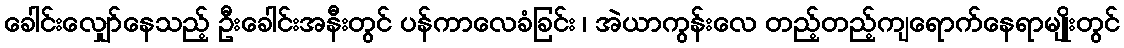
ခေါင်းလျှော်နေသည့် ဦးခေါင်းအနီးတွင် ပန်ကာလေခံခြင်း ၊ အဲယာကွန်းလေ တည့်တည့်ကျရောက်နေရာမျိုးတွင်